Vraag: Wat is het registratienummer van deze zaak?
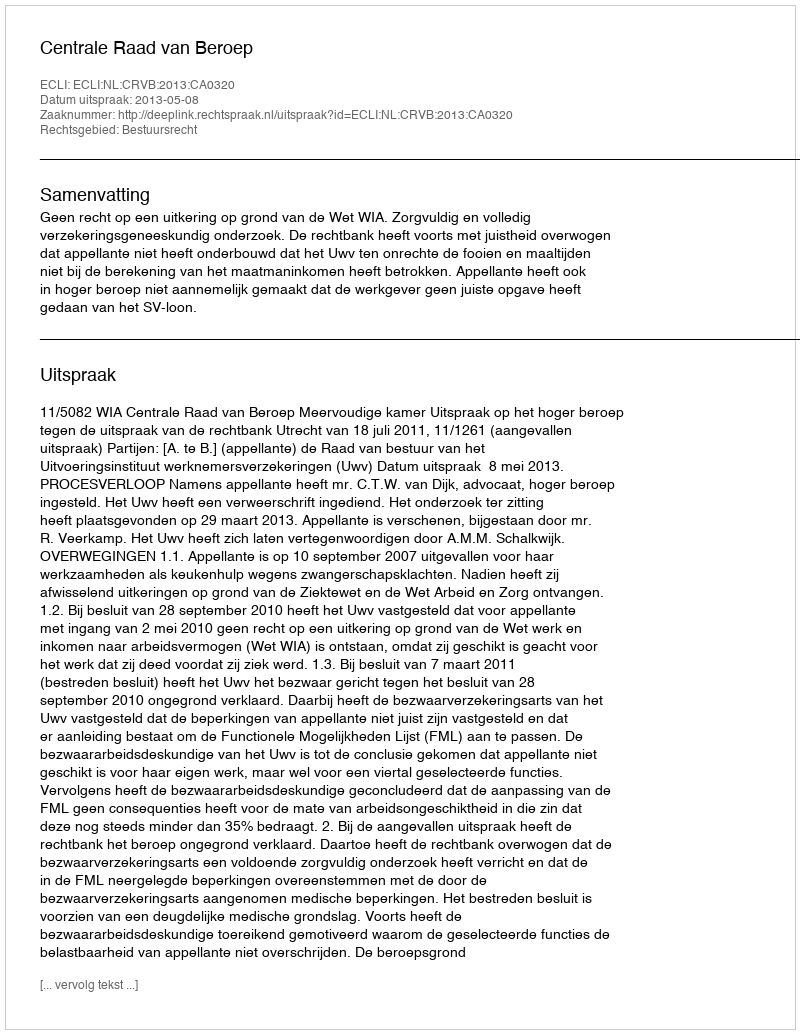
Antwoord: http://deeplink.rechtspraak.nl/uitspraak?id=ECLI:NL:CRVB:2013:CA0320